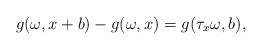
LaTeX: \begin{align*}g(\omega, x+b) - g(\omega, x) = g(\tau_x\omega, b),\end{align*}